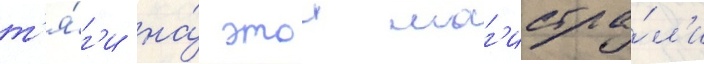
т'я́г'и на́ этои маг'истра́л'и